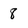
Character: 8